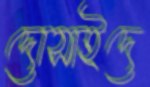
দোসাইদে